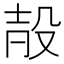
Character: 㱿